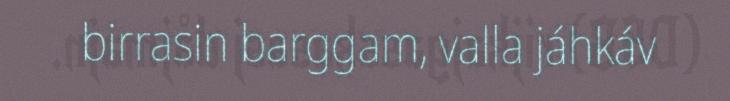
birrasin barggam, valla jáhkáv